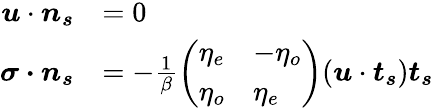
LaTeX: \begin{array}{rl}{\boldsymbol{u}\cdot\boldsymbol{n_{s}}}&{=0}\\ {\boldsymbol{\sigma\cdot n_{s}}}&{=-\frac{1}{\beta}\left(\begin{array}{ll}{\eta_{e}}&{-\eta_{o}}\\ {\eta_{o}}&{\eta_{e}}\end{array}\right)(\boldsymbol{u}\cdot\boldsymbol{t_{s}})\boldsymbol{t_{s}}}\end{array}